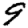
Digit: 9